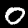
Digit: 0